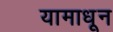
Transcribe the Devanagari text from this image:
यामाधून